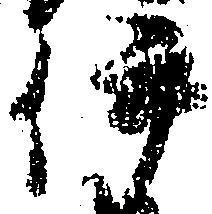
伊